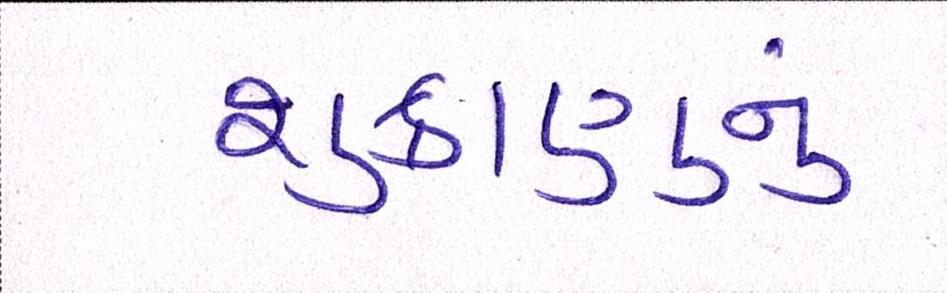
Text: શુક્રાણુનું